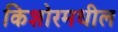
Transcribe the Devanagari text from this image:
किशोरमधील